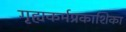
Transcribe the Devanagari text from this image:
गृह्यकर्मप्रकाशिका